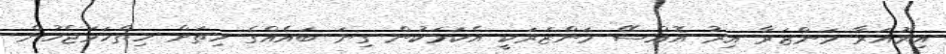
އިރުއަރާ މަންޒަރާ އިރު އޮއްސޭ މަންޒަރަކީ އެކަމަކުން ގިނަ ބައެއްގެ ހިތަށް ހިތްހަމަޖެހުން